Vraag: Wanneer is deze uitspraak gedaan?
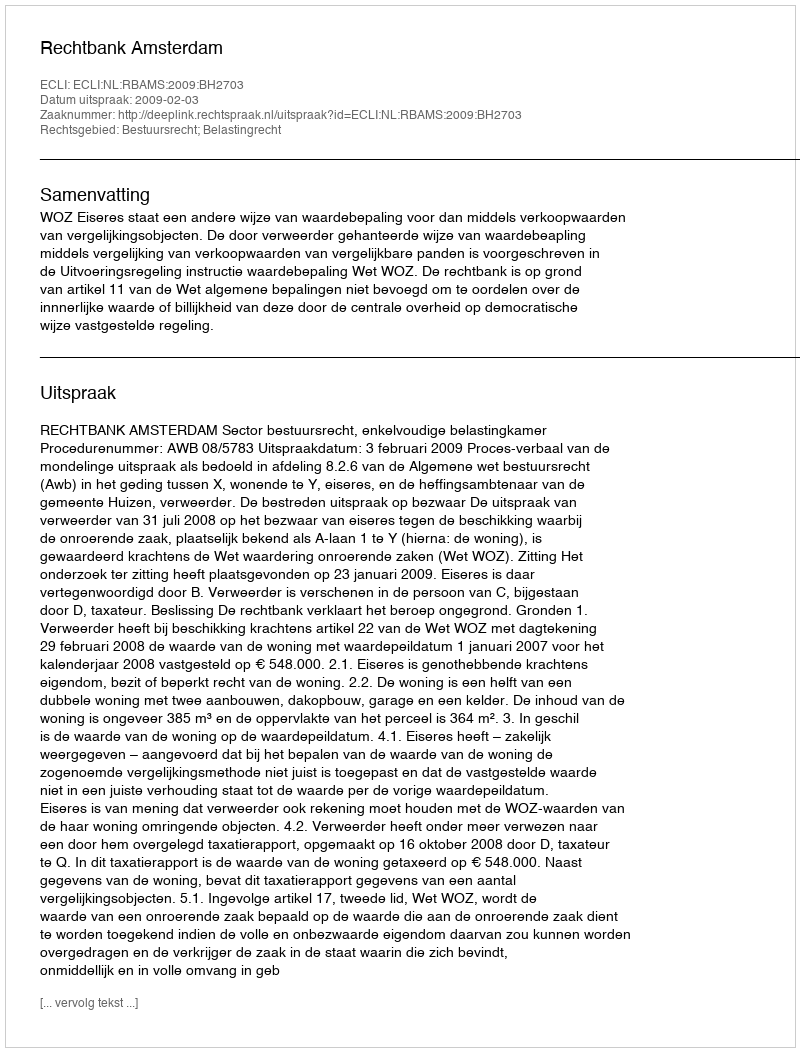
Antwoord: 2009-02-03